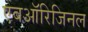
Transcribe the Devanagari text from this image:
एबऑरिजिनल